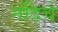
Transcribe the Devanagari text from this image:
नंदिचे